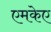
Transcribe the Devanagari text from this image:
एमकेए